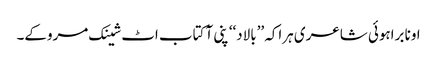
اونا براہوئی شاعری ہراکہ ’’بالاد‘‘ پنی آ کتاب اٹ شینک مروکے۔